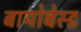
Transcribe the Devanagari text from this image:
बायोबेस्ड